Vaccination in the Punjab 1919-1929 - 1919-1929
Year: 1919
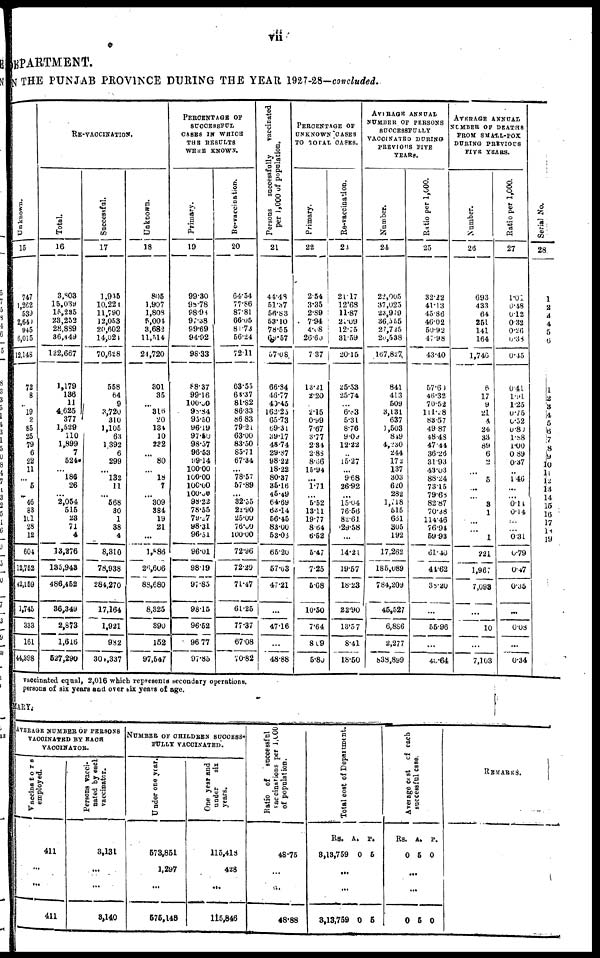
vii
EPAETMENT.
N THE PUNJAB PROVINCE DURING THE YEAR 1927-28-concluded.
Unknown.
15
747
1,262
539
2,640
945
6,015
12,148
72
8
...
19
2
85
25
79
6
22
11
...
5
...
46
83
101
28
12
601
12,752
42,159
1,745
333
161
14,398
RE-VACCINATION.
Total.
16
3,803
15,039
15,235
23,253
28,889
36,449
122,667
1,179
136
11
4,625
377
1,529
110
1,899
7
524
...
186
26
...
2,054
515
23
71
4
13,276
135,943
486,462
36,349
2,873
1,616
527,290
Successful.
17
1,936
10,224
11,790
12,053
20,602
14,024
70,628
558
64
9
3,720
310
1,105
63
1 392
6
299
...
132
11
...
568
30
1
38
4
8,310
78,938
284,270
17,164
1,921
982
304,337
Unknown.
18
805
1,907
1,808
5,004
3,682
11,514
24,720
301
35
...
316
20
134
10
232
...
80
...
18
7
...
309
384
19
21
...
1,888
26,606
88,680
8,326
390
152
97,547
PERCENTAGE OF
SUCCESSFUL
CASES IN WHICH
THE RESULTS
WERE KNOWN.
Primary.
19
99.30
98.78
98.98
97.38
99.69
94.92
98.33
88.37
99.16
100.00
98.84
95.50
96.19
97.50
98.57
96.53
99.14
100.00
100.00
100.00
100.00
98.22
78.55
79.27
08.31
96.51
96.01
98.19
97.85
98.15
96.62
96.77
97.85
Re-vaccination.
20
64.54
77.86
87.81
66.05
81.73
56.24
72.11
63.55
63.37
81.82
86.33
86.83
79.21
63.00
83.50
85.71
67.34
...
78.57
57.89
...
32.35
22.90
25.00
76.00
100.00
72.96
72.29
71.47
61.25
77.37
67.08
70.82
Persons
successfully
vaccinated
per 1,000 of population.
21
44.48
51.37
56.83
53.10
78.55
69.57
67.08.
66.84
46.77
40.45
162.23
65.73
69.31
39.17
48.74
29.87
98.22
18.22
80.37
35.16
45.49
64.69
63.14
56.45
83.00
53.03
65.20
57.63
47.21
...
47.16
...
48.88
PERCENTAGE OF
UNKNOWN CASES
TO TOTAL CASES.
Primary.
22
2.54
3.35
2.89
7.94
4.08
26.60
7.37
13.21
2.20
...
2.15
0.99
7.67
3.77
2.34
2.88
8.66
15.94
...
1.71
...
5.52
13.11
19.77
8.64
6.52
5.47
7.25
5.68
10.50
7.64
8.09
5.80
Re-vaccination.
23
21.17
12.68
11.87
21.09
12.75
31.59
20.15
25.53
25.74
...
6.83
5.31
8.76
9.09
12.22
...
15.27
...
9.68
26.92
...
15.04
76.56
82.61
29.58
...
14.21
19.57
18.23
22.90
13.57
8.41
18.50
AVERAGE ANNUAL
NUMBER OF PERSONS
SUCCESSFULLY
VACCINATED DURING
PREVIOUS FIVE
YEARS.
Number.
24
22,005
37,023
23,979
36,555
27,725
20,538
.167,827,
841
413
509
3,131
637
1,503
849
4, 230
244
172
137
303
620
28.2
1,718
515
661
305
192
17,262
185,089
784,209
45,527
6,886
2,277
838,899
Ratio per 1,000.
25
32.22
41.13
45.86
46.02
50.92
47.98
43.40
57.60
46.32
70.52
111.28
83.57
49.87
48.48
47.44
36.26
31.93
43.03
88.24
73.15
79.68
82.87
70.38
114.46
76.94
59.93
61.40
44.62
38.20
...
55.96
...
40.64
AVERAGE ANNUAL
NUMBER OF DEATHS
FROM SMALL-POX
DURING PERVIOUS
FIVE YEARS.
Number.
26
693
433
64
251
141
164
1,746
6
17
9
21
4
24,
33
89
6
2
...
5
...
...
8
1
...
...
1
221
1,967
7,093
...
10
...
7,103
Ratio per 1,000.
27
1.01
0.48
0.12
0.32
0.26
0.38
0.45
0.41
1.91
1.25
0.75
0.52
0.80
1.88
1.00
0.89
0.37
...
146
...
...
0.14
0.14
...
...
0.31
0.79
0.47
0.35
...
0.08
...
0.34
Serial No.
28
1
2
3
4
5
6
1
2
3
4
5
6
7
8
9
10
11
12
13 14
15
16
17
18
19
vaccinated equal, 2,016 which represents secondary operations.
persons of six years and over six years of age.
MARY.
AVERAGE NUMBER OF PERSONS
VACCINATED BY EACH
VACCINATOR.
Vaccinators
employed.
411
...
...
411
Persons vacci-
nated by each
vaccinator.
3,131
...
...
3,140
NUMBER OF CHILDREN SUCCESS¬
FULLY VACCINATED.
Under one year.
573,851
1,297
...
575,148
One year and
under
six
years.
115,418
428
...
115,846
Ratio of
successful
vaccinations per 1,000
of population.
48.75
...
...
48.88
Total cost of Department.
Rs.
3,13,759
A.
0
P.
5
...
...
3,13,759 0 5
Average cot of each
successful case.
Rs.
0
A.
5
P.
0
...
...
0 5 0
REMARKS.